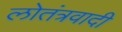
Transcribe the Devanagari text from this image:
लोतंत्रवादी